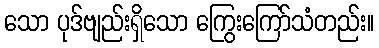
သော ပုဒ်ဗျည်းရှိသော ကြွေးကြော်သံတည်း။